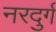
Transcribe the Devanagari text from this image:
नरदुर्ग